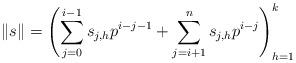
LaTeX: \begin{align*}\left\| s \right\| = \left( \sum_{j=0}^{i-1} s_{j,h} p^{i-j-1} + \sum_{j=i+1}^n s_{j,h} p^{i-j} \right)_{h=1}^k\end{align*}